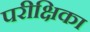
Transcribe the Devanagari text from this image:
परीक्षिका